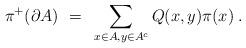
LaTeX: \begin{align*} \pi^+(\partial A)~=~\sum_{x\in A, y\in A^c} Q(x,y)\pi(x)\;.\end{align*}